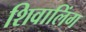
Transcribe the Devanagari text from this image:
शिवालिंग